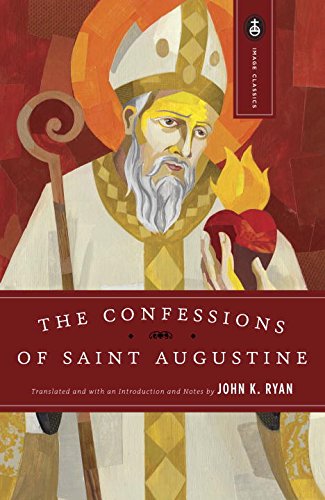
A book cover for The Confessions of Saint Augustine (Image Classics); St. Augustine; Christian Books & Bibles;